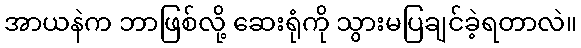
အာယနဲက ဘာဖြစ်လို့ ဆေးရုံကို သွားမပြချင်ခဲ့ရတာလဲ။